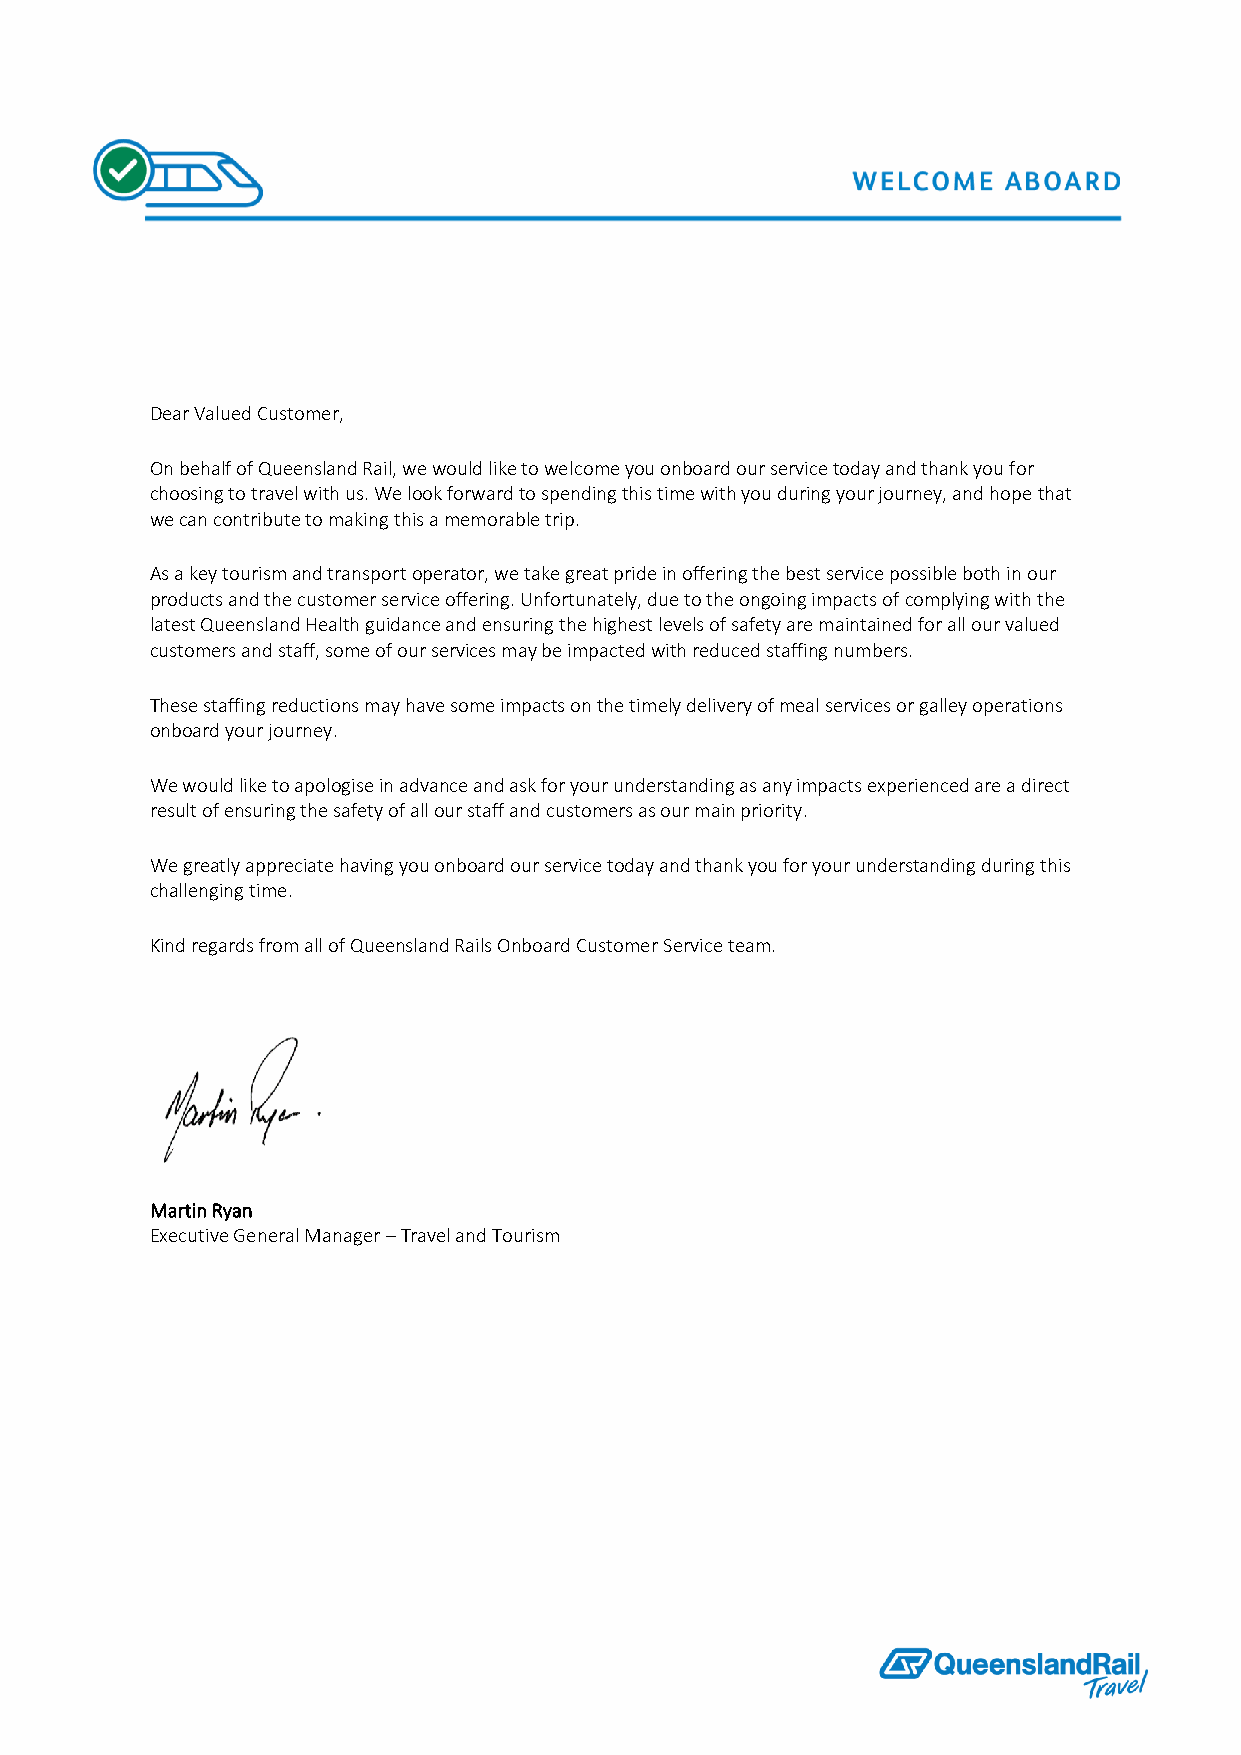
Dear Valued Customer,
 On behalf of Queensland Rail, we would like to welcome you onboard our service today and thank you for
 choosing to travel with us. We look forward to spending this time with you during your journey, and hope that
 we can contribute to making this a memorable trip.
 As a key tourism and transport operator, we take great pride in offering the best service possible both in our
 products and the customer service offering. Unfortunately, due to the ongoing impacts of complying with the
 latest Queensland Health guidance and ensuring the highest levels of safety are maintained for all our valued
 customers and staff, some of our services may be impacted with reduced staffing numbers.
 These staffing reductions may have some impacts on the timely delivery of meal services or galley operations
 onboard your journey.
 We would like to apologise in advance and ask for your understanding as any impacts experienced are a direct
 result of ensuring the safety of all our staff and customers as our main priority.
 We greatly appreciate having you onboard our service today and thank you for your understanding during this
 challenging time.
 Kind regards from all of Queensland Rails Onboard Customer Service team.
 Martin Ryan
 Executive General Manager – Travel and Tourism